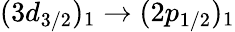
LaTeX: (3d_{3/2})_{1}\rightarrow(2p_{1/2})_{1}